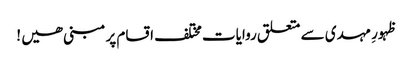
ظہورِ مہدی سے متعلق روایات مختلف اقسام پر مبنی ھیں !